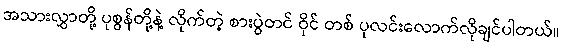
အသားလွှာတို့ ပုစွန်တို့နဲ့ လိုက်တဲ့ စားပွဲတင် ဝိုင် တစ် ပုလင်းလောက်လိုချင်ပါတယ်။